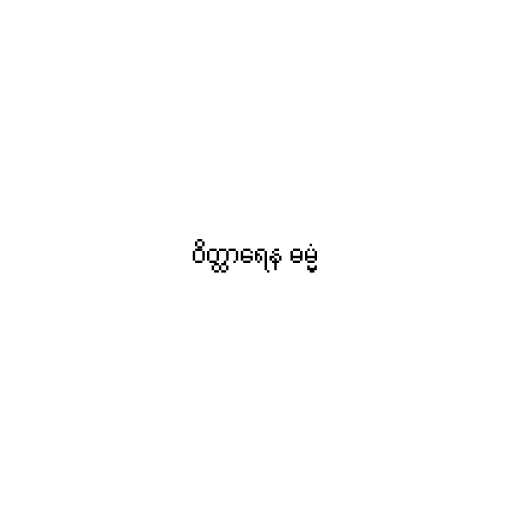
ဝိတ္ထာရေန ဓမ္မံ